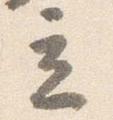
立